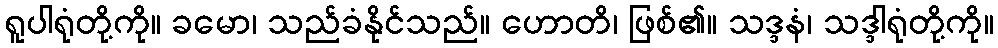
ရူပါရုံတို့ကို။ ခမော၊ သည်ခံနိုင်သည်။ ဟောတိ၊ ဖြစ်၏။ သဒ္ဒနံ၊ သဒ္ဒါရုံတို့ကို။